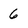
Character: 6